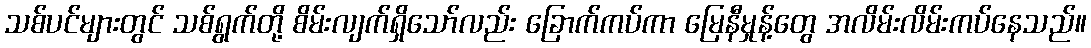
သစ်ပင်များတွင် သစ်ရွက်တို့ စိမ်းလျက်ရှိသော်လည်း ခြောက်ကပ်ကာ မြေနီမှုန့်တွေ အလိမ်းလိမ်းကပ်နေသည်။